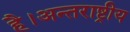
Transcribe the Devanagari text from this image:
है।अन्तराष्ट्रीय